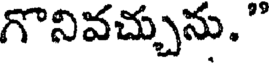
గొనివచ్చును."